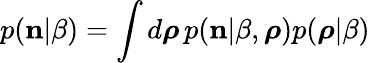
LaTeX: p({\mathbf n}|\beta)=\int d\boldsymbol{\rho}\, p({\mathbf n}|\beta,\boldsymbol{\rho})p(\boldsymbol{\rho}|\beta)